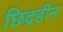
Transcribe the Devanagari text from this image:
छिद्रहीन